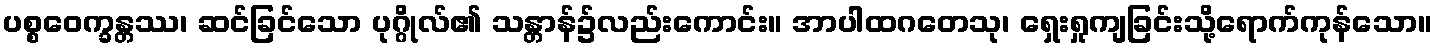
ပစ္စဝေက္ခန္တဿ၊ ဆင်ခြင်သော ပုဂ္ဂိုလ်၏ သန္တာန်၌လည်းကောင်း။ အာပါထဂတေသု၊ ရှေးရှုကျခြင်းသို့ရောက်ကုန်သော။